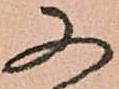
又